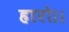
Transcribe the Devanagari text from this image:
हारो।।